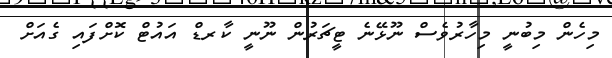
މިހެން މިބުނީ މިހާރުވެސް ނޫޅޭނެ ޓީޗަރުން ނޫނީ ކާރޑް އައުޓް ކޮށްފައި ގެއަށް